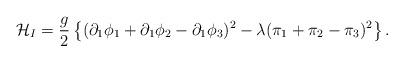
LaTeX: \begin{align*}{\cal H}_I = \frac{g}{2} \left\{ (\partial_1\phi_1 + \partial_1\phi_2 - \partial_1\phi_3)^2 - \lambda (\pi_1 + \pi_2 - \pi_3)^2 \right\}.\end{align*}